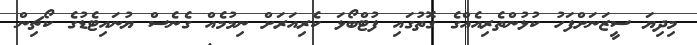
މިދިޔަ ސީޒަނަށްފަހު ކުޅުންތެރިއެއްގެ ގޮތުގައި ފުޓްބޯޅަ ކެރިއަރަށް ނިމުމެއް ގެނެސް ޔުނައިޓެޑުގެ ކޯޗިން